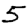
Digit: 5